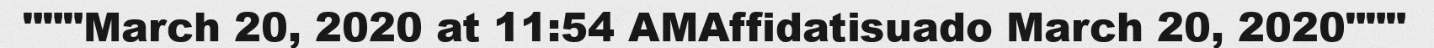
"""March 20, 2020 at 11:54 AMAffidatisuado March 20, 2020"""